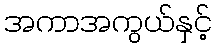
အကာအကွယ်နှင့်